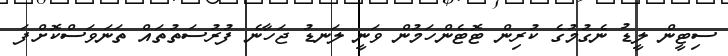
ސިޓީން ލީޑު ނެގުމުގެ ކުރިން ޓޮޓެންހަމުން ވަނީ ލަނޑު ޖަހާނެ ފުރުސަތުތައް ތަނަވަސްކޮށްފަ